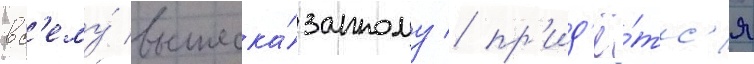
вс'ему́ вышеска́занному / пр'ид'ё́тс'я